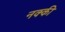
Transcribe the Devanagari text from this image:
नक्‍की